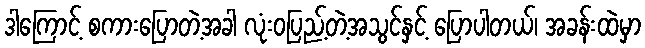
ဒါကြောင့် စကားပြောတဲ့အခါ လုံးဝပြည့်တဲ့အသွင်နှင့် ပြောပါတယ်၊ အခန်းထဲမှာ